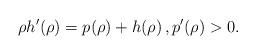
LaTeX: \begin{align*} \rho h'(\rho) = p(\rho) + h(\rho) \, , p'(\rho) > 0.\end{align*}